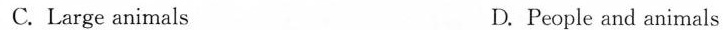
C.Large animals D.People and animals